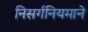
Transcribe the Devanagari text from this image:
निसर्गनियमाने